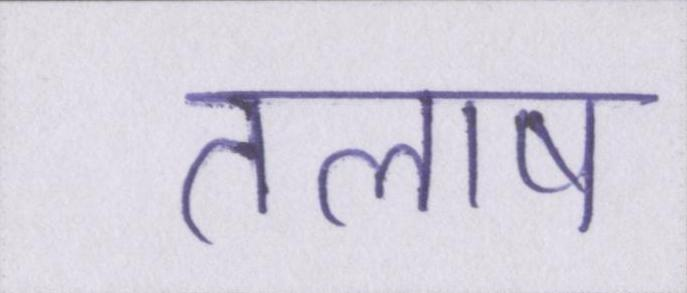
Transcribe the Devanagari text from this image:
तलाष